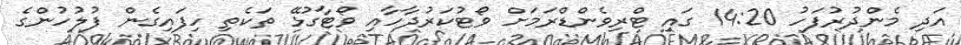
އަދި މެންދުރުފަހު 14:20 ގައި ޓްރިވެންޑްރަމަށް ވޯޓުކަރުދާހާއި ވޯޓާގުޅޭ ތަކެތި ހިފައިގެން ފުލުހުންގެ